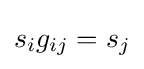
s_{i}g_{ij}=s_{j}